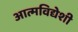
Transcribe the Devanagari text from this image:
आत्मविद्येशी